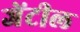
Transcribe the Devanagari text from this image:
जेंटील